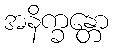
အနိက္ခန္တော